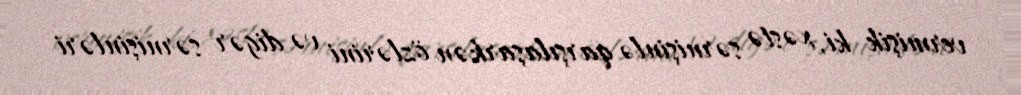
vermişik ki, xəstə sərnişinlə qarşılaşarkən özlərini və digər sərnişinləri